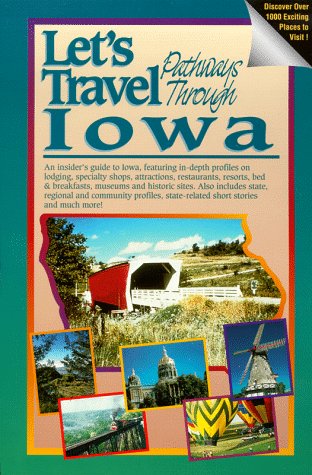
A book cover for Let's Travel Pathways Iowa; Alex Marshall; Travel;